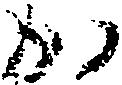
か